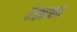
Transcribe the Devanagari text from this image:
रेड्याला